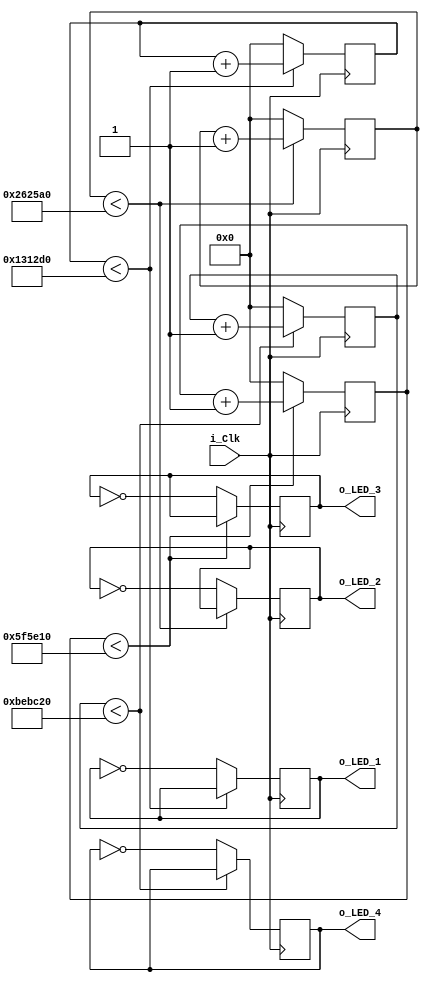
module Led_Blinking
#(parameter p_Counter_10Hz = 1250000,
  parameter p_Counter_5Hz = 2500000,
  parameter p_Counter_2Hz = 6250000,
  parameter p_Counter_1Hz = 12500000)
(input i_Clk, 
output reg o_LED_1 = 1'b0,
output reg o_LED_2 = 1'b0,
output reg o_LED_3 = 1'b0,
output reg o_LED_4 = 1'b0);

reg[31:0] r_Counter_10Hz = 0;
reg[31:0] r_Counter_5Hz = 0;
reg[31:0] r_Counter_2Hz = 0;
reg[31:0] r_Counter_1Hz = 0;

always @(posedge i_Clk)
begin
    if(r_Counter_10Hz < p_Counter_10Hz)
        r_Counter_10Hz <= r_Counter_10Hz + 1;
    else 
    begin
        r_Counter_10Hz <= 0;
        o_LED_1 <= ~ o_LED_1;
    end
end

always @(posedge i_Clk)
begin
    if(r_Counter_5Hz < p_Counter_5Hz)
        r_Counter_5Hz <= r_Counter_5Hz + 1;
    else 
    begin
        r_Counter_5Hz <= 0;
        o_LED_2 <= ~ o_LED_2;
    end
end

always @(posedge i_Clk)
begin
    if(r_Counter_2Hz < p_Counter_2Hz)
        r_Counter_2Hz <= r_Counter_2Hz + 1;
    else 
    begin
        r_Counter_2Hz <= 0;
        o_LED_3 <= ~ o_LED_3;
    end
end

always @(posedge i_Clk)
begin
    if(r_Counter_1Hz < p_Counter_1Hz)
        r_Counter_1Hz <= r_Counter_1Hz + 1;
    else 
    begin
        r_Counter_1Hz <= 0;
        o_LED_4 <= ~ o_LED_4;
    end
end


endmodule